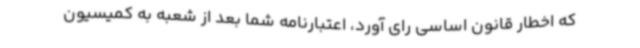
که اخطار قانون اساسی رای آورد، اعتبارنامه شما بعد از شعبه به کمیسیون